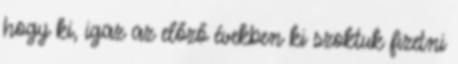
hogy ki, igaz az előző években ki szoktuk fizetni